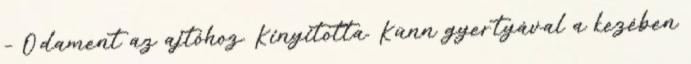
– Odament az ajtóhoz. Kinyitotta. Künn gyertyával a kezében